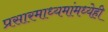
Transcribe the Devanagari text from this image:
प्रसारमाध्यमांमध्येही